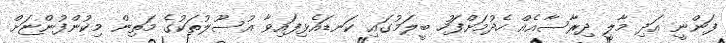
ފަންނީ އަދި މާލީ ދިރާސާއެއް ހެދުމަށްފަހު ބީލަމުގައި ކަނޑައެޅިފައިވާ އުސޫލުތަކުގެ މަތިން މިކުންފުންޏަށް